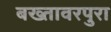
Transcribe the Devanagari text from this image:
बख्तावरपुरा